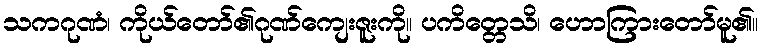
သကဂုဏံ၊ ကိုယ်တော်၏ဂုဏ်ကျေးဇူးကို။ ပကိတ္တေသိ၊ ဟောကြားတော်မူ၏။